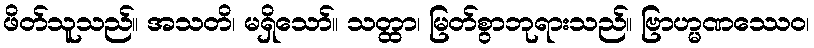
ဖိတ်သူသည်။ အသတိ၊ မရှိသော်။ သတ္ထာ၊ မြတ်စွာဘုရားသည်။ ဗြာဟ္မဏဿေဝ၊